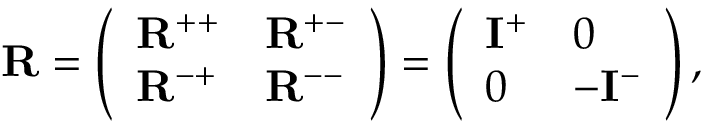
\mathbf { R } = \left( \begin{array} { l l } { \mathbf { R } ^ { + + } } & { \mathbf { R } ^ { + - } } \\ { \mathbf { R } ^ { - + } } & { \mathbf { R } ^ { -- } } \end{array} \right) = \left( \begin{array} { l l } { \mathbf { I } ^ { + } } & { 0 } \\ { 0 } & { - \mathbf { I } ^ { - } } \end{array} \right) ,